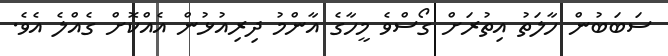
ސަބަބުން ހާލަތު އިތުރަށް ގޯސްވެ މީހާގެ އާންމު ދިރިއުޅުން އެއްކޮށް ގެއްލެ އެވެ.